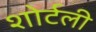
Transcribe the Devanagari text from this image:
शोर्टली